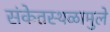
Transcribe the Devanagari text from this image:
संकेतस्थळामुले